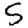
Digit: 5